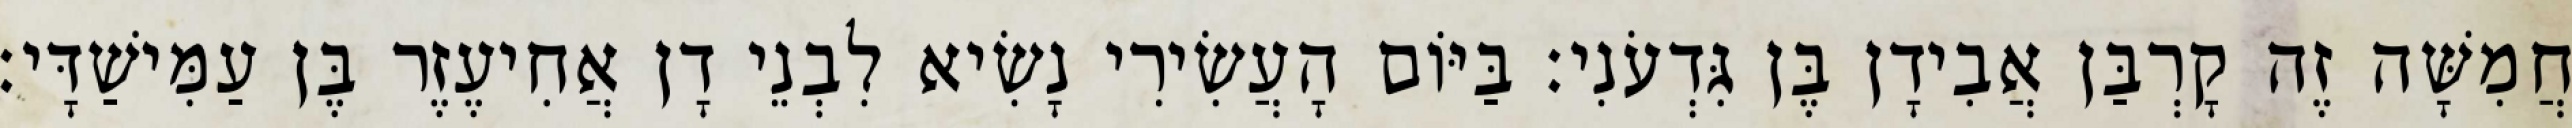
חֲמִשָּׁה זֶה קָרְבַּן אֲבִידָן בֶּן גִּדְעֹנִי׃ בַּיּוֹם הָעֲשִׂירִי נָשִׂיא לִבְנֵי דָן אֲחִיעֶזֶר בֶּן עַמִּישַׁדָּי׃